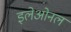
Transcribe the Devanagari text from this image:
इलेओनल